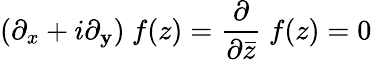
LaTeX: (\partial_{x}+i\partial_{\mathbf{y}})~f(z)=\frac{{\partial}}{{\partial\bar{{z}}}}~f(z)=0